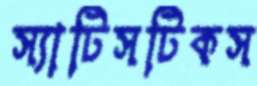
স্যাটিসটিকস